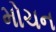
મોચન